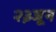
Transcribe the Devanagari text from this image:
२३जून